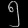
Digit: ၅